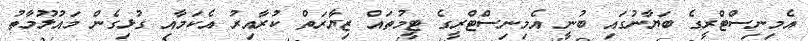
އެމިނިސްޓްރީގެ ބަޔާނުގައި ބުނީ އެމިނިސްޓްރީގެ ޓީމުތައް ޒިޔާރަތް ކުރާއިރު އެކަމާއި ގުޅިގެން މައުލޫމާތު